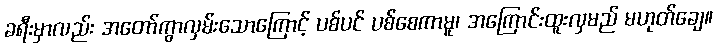
ခရီးမှာလည်း အတော်ကွာလှမ်းသောကြောင့် ပစ်ပင် ပစ်စေကာမူ၊ အကြောင်းထူးလှမည် မဟုတ်ချေ။